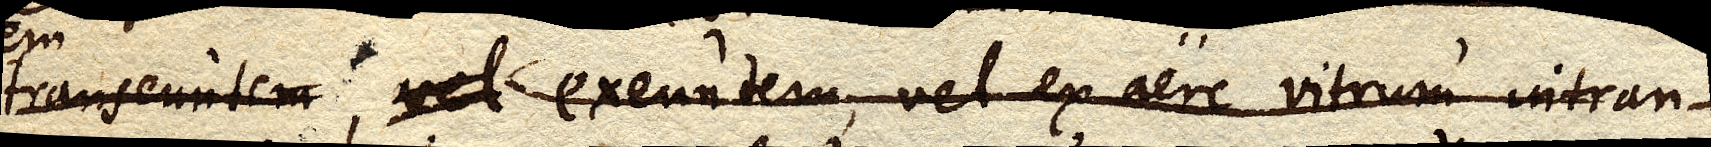
transeuntem, exeuntem, vel ex aere vitrum intran-